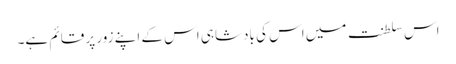
اس سلطنت میں اس کی بادشاہی اس کے اپنے زور پر قائم ہے۔